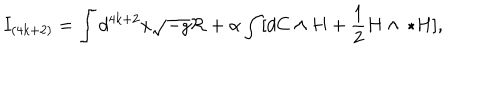
LaTeX: I _ { ( 4 k + 2 ) } = \int d ^ { 4 k + 2 } x \sqrt { - g } { \cal R } + \alpha \int [ d C \wedge H + { \frac { 1 } { 2 } } H \wedge \, \star H ] ,